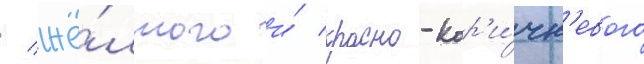
/ жё́лтого и́ красно-кор'и́чн'евого